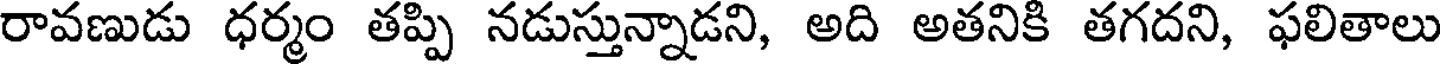
రావణుడు ధర్మం తప్పి నడుస్తున్నాడని, అది అతనికి తగదని, ఫలితాలు